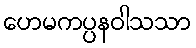
ဟေမကပ္ပနဝါသသာ